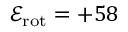
\mathcal { E } _ { \mathrm { r o t } } = + 5 8